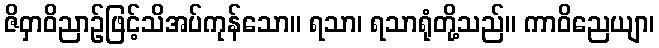
ဇိဝှာဝိညာဉ်ဖြင့်သိအပ်ကုန်သော။ ရသာ၊ ရသာရုံတို့သည်။ ကာဝိညေယျာ၊